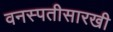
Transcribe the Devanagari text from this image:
वनस्पतीसारखी